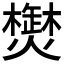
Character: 𱬤